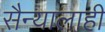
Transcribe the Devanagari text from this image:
सैन्यालाही